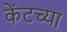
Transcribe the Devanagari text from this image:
केंटच्या